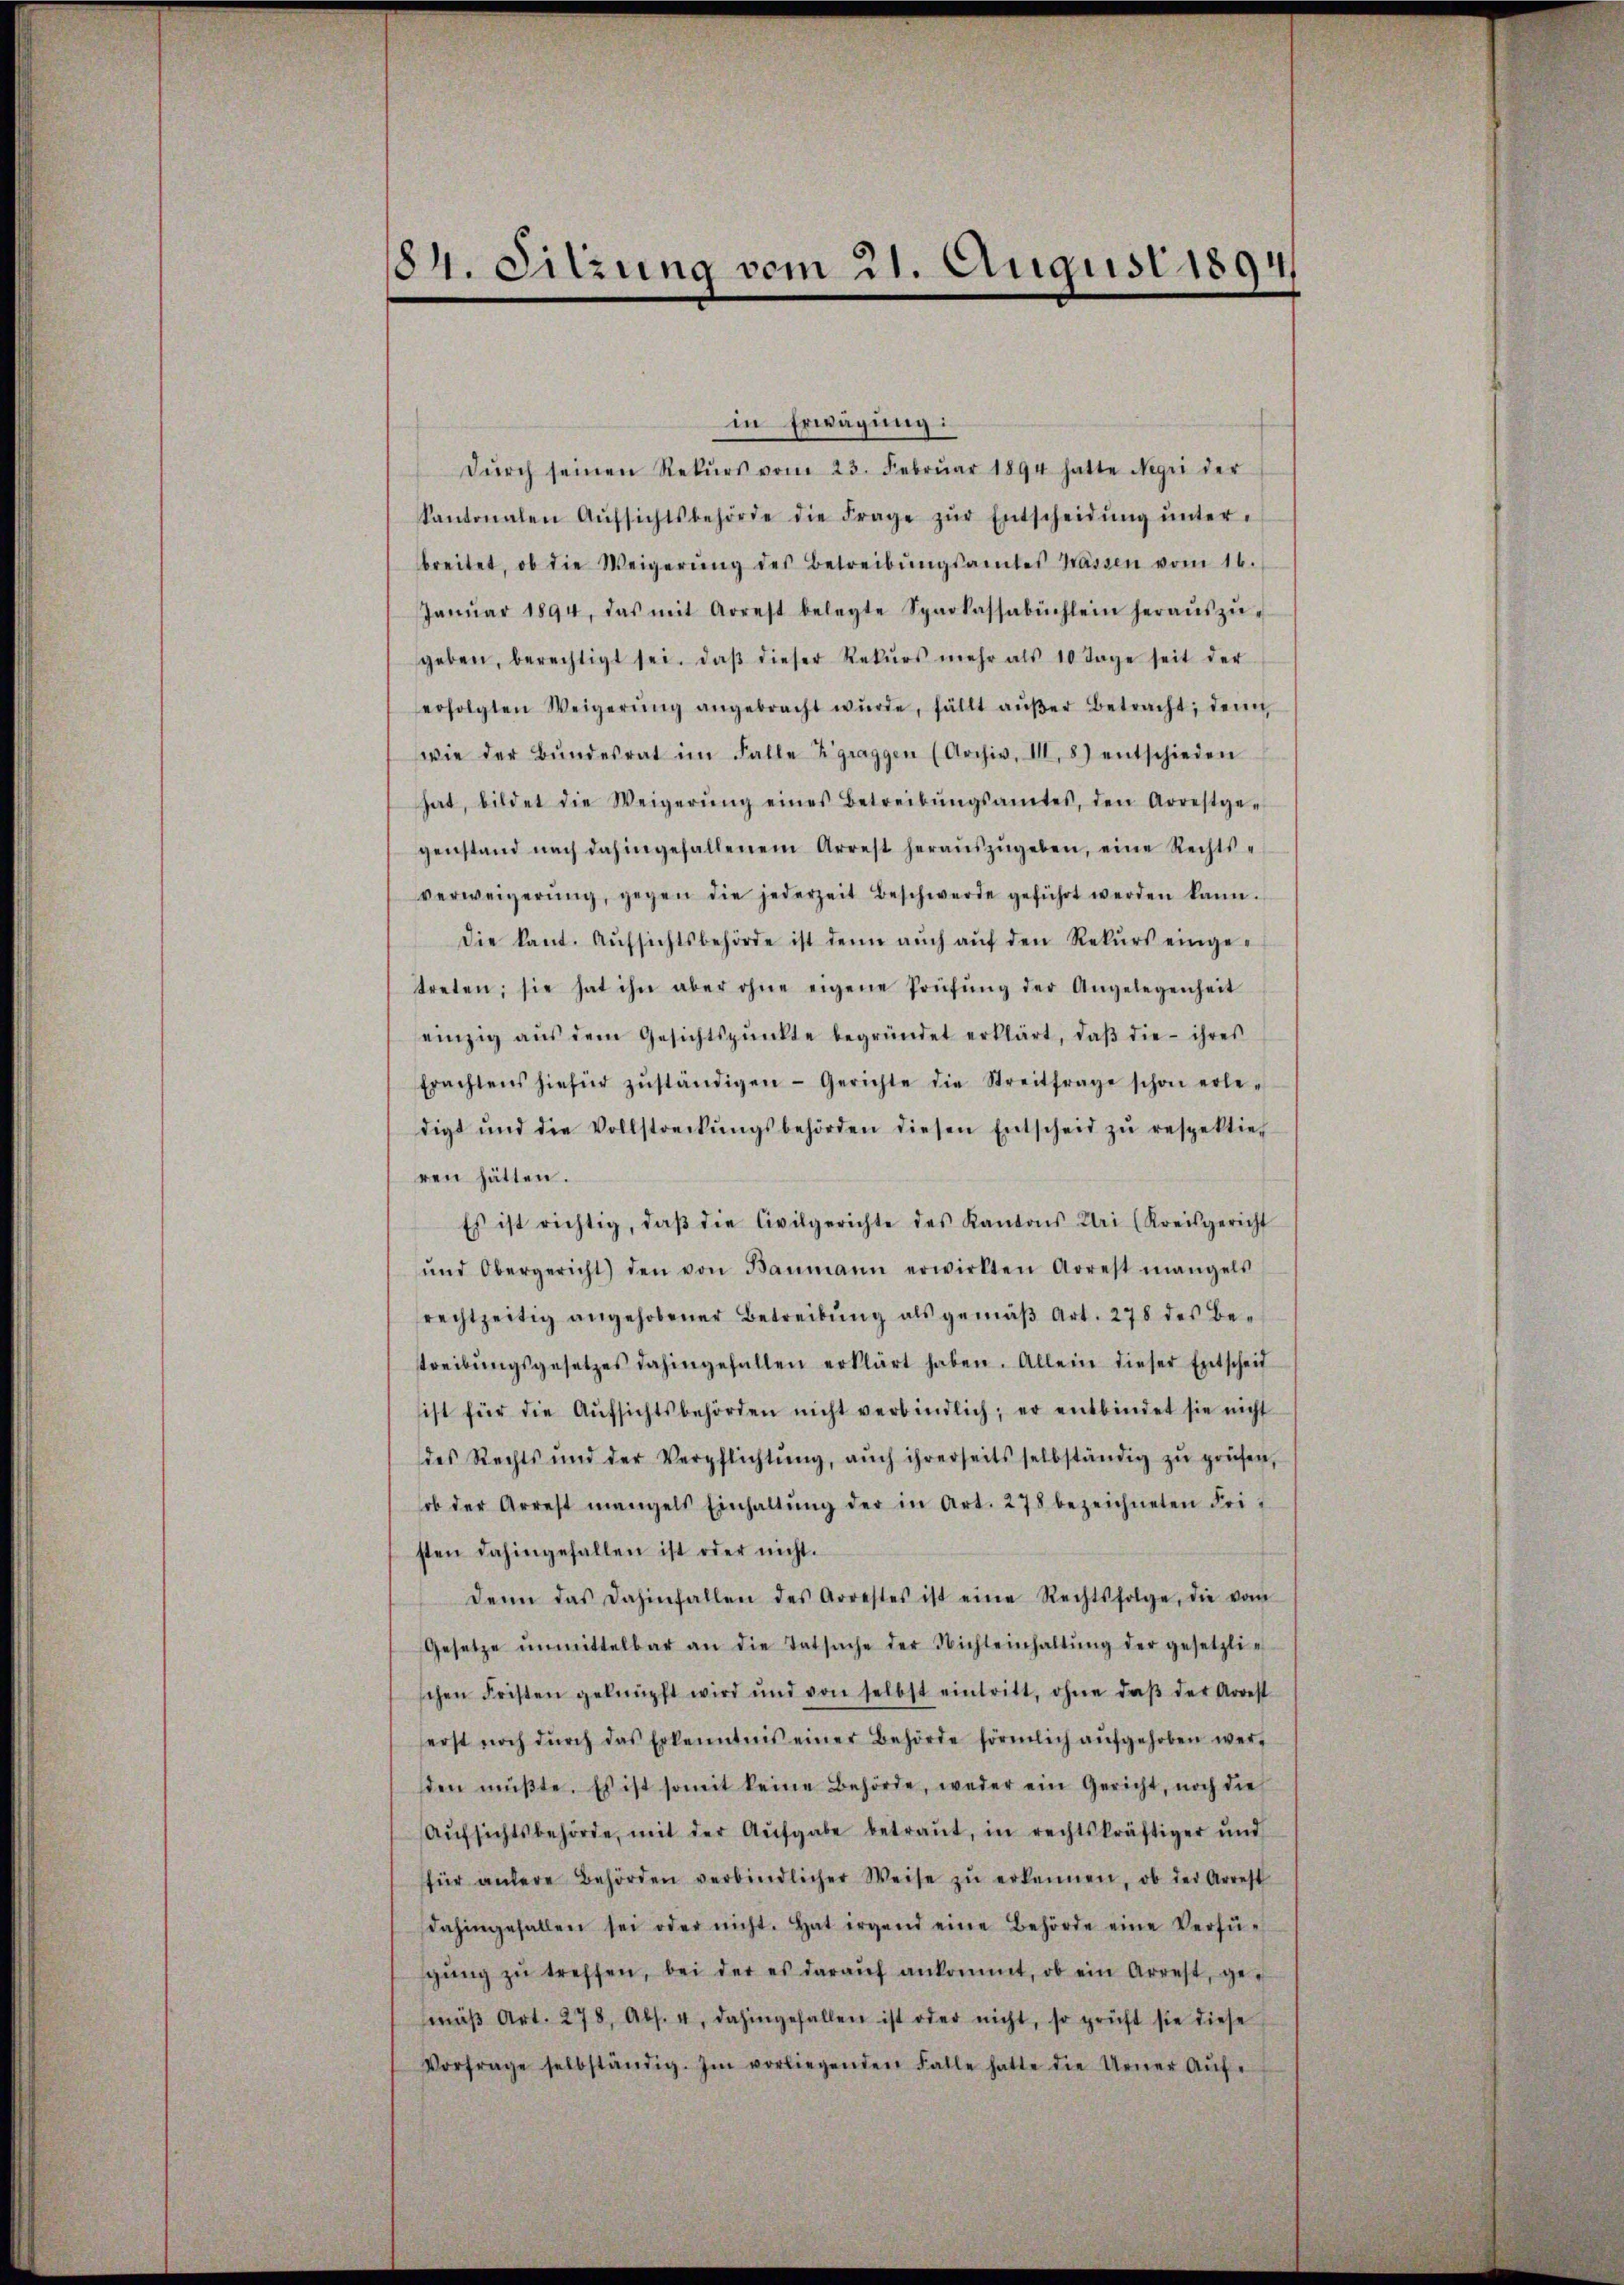
84. Sitzung vom 21. August 1894

in Erwägung:
dŭrch seinen Rekŭrs vom 23. Febrŭar 1894 hatte Negii der
kantonalen Aŭfsichtsbehörde die Frage zŭr Entscheidŭng ŭnter-
breitet, ob die Weigerŭng des Betreibŭngsamtes Wassen vom 16.
Janŭar 1894, das mit Arrest belegte Sparkassabüchlein heraŭszŭ-
geben, berechtigt sei. Daβ dieser Rekŭrs mehr als 10 Tage seit der
erfolgten Weigerŭng angebracht wŭrde, fällt aŭβer Betracht, denn
wie der Bŭndesrat im Falle Zgraggen (Archiv, III. 8) entschieden
hat, bildet die Weigerŭng eines Betreibŭngsamtes, den Arrestge-
genstand nach dahingefallenem Arrest heraŭszŭgeben, eine Rechts-
verweigerŭng, gegen die jederzeit Beschwerde geführt werden kann.
die kant. Aŭfsichtsbehörde ist denn aŭch aŭf den Rekŭrs eingetreten; sie hat ihn aber ohne eigene Prüfŭng der Angelegenheit
einzig aŭs dem Gesichtspunkte begründet erklärt, daβ die ihres
Erachtens hiefür zŭständigen Gerichte die Streitfrage schon erle-
digt und die Vollstreckŭngsbehörden diesen Entscheid zŭ respektier
ren hätten.
Es ist richtig, daβ die Civilgerichte des Kantons Uri (Kreisgericht
ŭnd Obergericht) den von Baumann erwirkten Arrest mangels
rechtzeitig angehobener Betreibŭng als gemäβ Art. 278 des Betreibŭngsgesetzes dahingefallen erklärt haben. Allein dieser Entscheit
sist für die Aŭfsichtsbehörden nicht verbindlich; er entbindet sie nicht
des Rechts und der Verpflichtŭng, aŭch ihrerseits selbständig zŭ prüfen,
ob der Arrest mangels Einhaltŭng der in Art. 278 bezeichneten Fri
sten dahingefallen ist oder nicht.
denn das dahinfallen des Arrestes ist eine Rechtsfolge, die vom
Gesetze ŭnmittelbar an die Tatsache der Nichteinhaltŭng der gesetzlischen Fristen geknüpft wird und von selbst eintritt, ohne daβ der Arrest
erst noch dŭrch das Erkenntnis einer Behörde förmlich aŭfgehoben wer-
sden müβte. Es ist somit keine Behörde, weder ein Gericht, noch die
Aŭfsichtsbehörde, mit der Aufgabe betraŭt, in rechtskräftiger und
für andere Behörden verbindlicher Weise zŭ erkennen, ob der Arrest
dahingefallen sei oder nicht. Hat irgend eine Behörde eine Verfü-
gŭng zŭ treffen, bei der es daraŭf ankommt, ob ein Arrest, ge-
mäβ Art. 278, Abs. 4, dahingefallen ist oder nicht, so prüft sie diese
Vorfrage selbständig. Im vorliegenden Falle hatte die Urner Aŭf-